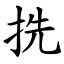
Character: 㧥